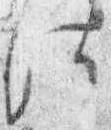
法